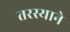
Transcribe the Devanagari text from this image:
तरस्याने